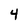
Character: 4